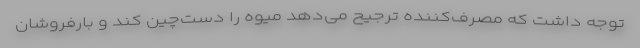
توجه داشت که مصرف‌کننده ترجیح می‌دهد میوه را دست‌چین کند و بارفروشان